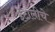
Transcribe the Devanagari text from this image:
इटालीचे